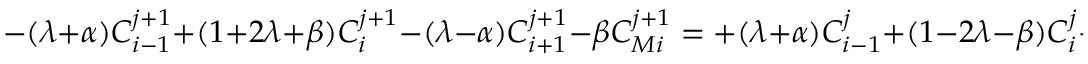
- ( \lambda + \alpha ) C _ { i - 1 } ^ { j + 1 } + ( 1 + 2 \lambda + \beta ) C _ { i } ^ { j + 1 } - ( \lambda - \alpha ) C _ { i + 1 } ^ { j + 1 } - \beta C _ { M i } ^ { j + 1 } = + ( \lambda + \alpha ) C _ { i - 1 } ^ { j } + ( 1 - 2 \lambda - \beta ) C _ { i } ^ { j } + ( \lambda - \alpha ) C _ { i + 1 } ^ { j } + \beta C _ { M i } ^ { j } .